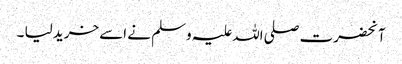
آنحضرت صلی اللہ علیہ وسلم نے اسے خرید لیا ۔